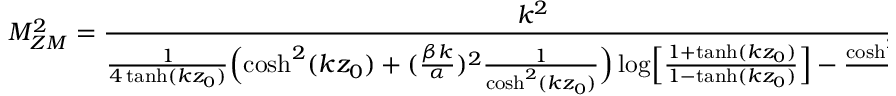
M _ { Z M } ^ { 2 } = \frac { k ^ { 2 } } { \frac { 1 } { 4 \operatorname { t a n h } ( k z _ { 0 } ) } \Bigl ( \cosh ^ { 2 } ( k z _ { 0 } ) + ( \frac { \beta k } { \alpha } ) ^ { 2 } \frac { 1 } { \cosh ^ { 2 } ( k z _ { 0 } ) } \Bigr ) \log \Bigl [ \frac { 1 + \operatorname { t a n h } ( k z _ { 0 } ) } { 1 - \operatorname { t a n h } ( k z _ { 0 } ) } \Bigr ] - \frac { \cosh ^ { 2 } ( k z _ { 0 } ) } { 2 } } .